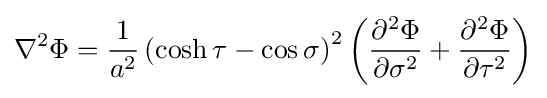
\nabla ^{2}\Phi ={\frac {1}{a^{2}}}\left(\cosh \tau -\cos \sigma \right)^{2}\left({\frac {\partial ^{2}\Phi }{\partial \sigma ^{2}}}+{\frac {\partial ^{2}\Phi }{\partial \tau ^{2}}}\right)